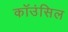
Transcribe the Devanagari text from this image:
कॉउंसिल